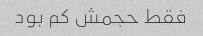
فقط حجمش کم بود